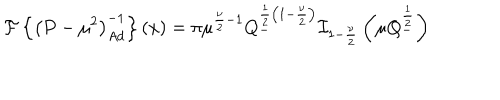
LaTeX: { \cal { F } } \left\{ \left( P - { \mu } ^ { 2 } \right) _ { A d } ^ { - 1 } \right\} ( x ) = \pi { \mu } ^ { \frac { \nu } { 2 } - 1 } Q _ { - } ^ { \frac { 1 } { 2 } \left( 1 - \frac { \nu } { 2 } \right) } { \cal { I } } _ { 1 - \frac { \nu } { 2 } } \left( \mu Q _ { - } ^ { \frac { 1 } { 2 } } \right)